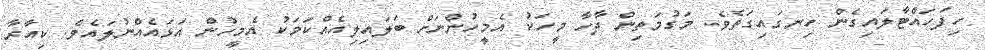
ހިފަހައްޓާލައިގެން ހިނގައިގަތެވެ. މަގުމަތިން ދާހާ މީހަކު އެމީހުންނަށް ބަލައިލިއެއްކަމަކު އެމީހުން އަޅައެއްނުލައެވެ. ކިއާރާ